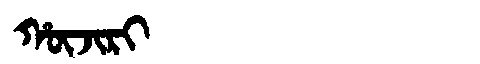
Manchu: ᡥᡡᠵᡳᡵᡳ
Romanization: HŪJIRI